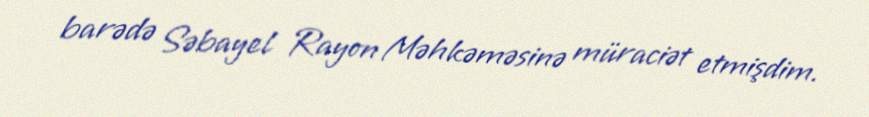
barədə Səbayel Rayon Məhkəməsinə müraciət etmişdim.